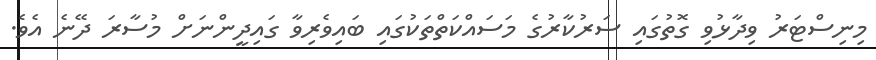
މިނިސްޓަރު ވިދާޅުވި ގޮތުގައި ސަރުކާރުގެ މަސައްކަތްތަކުގައި ބައިވެރިވާ ގައިދީންނަށް މުސާރަ ދޭނެ އެވެ.